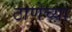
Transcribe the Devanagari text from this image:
ठाणेच्‍या